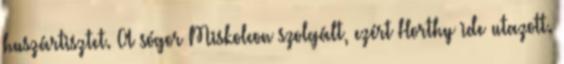
huszártisztet. A sógor Miskolcon szolgált, ezért Horthy ide utazott.